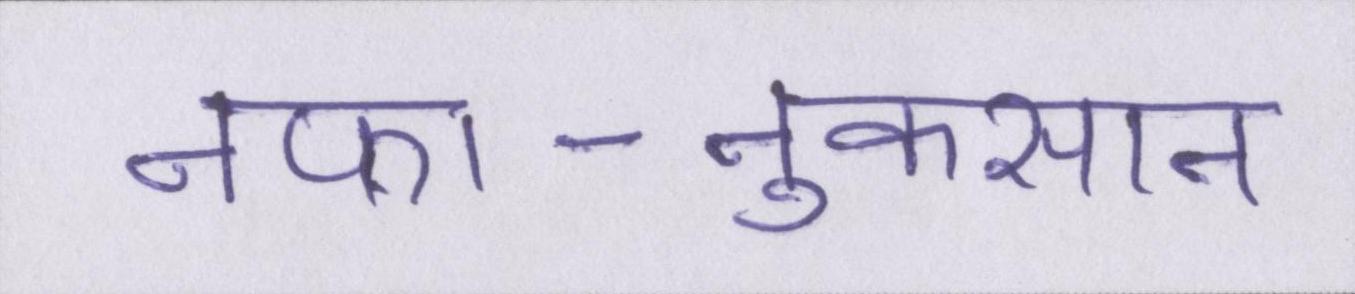
नफा-नुकसान